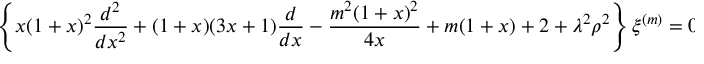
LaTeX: \left\{ x ( 1 + x ) ^ { 2 } \frac { d ^ { 2 } } { d x ^ { 2 } } + ( 1 + x ) ( 3 x + 1 ) \frac { d } { d x } - \frac { m ^ { 2 } ( 1 + x ) ^ { 2 } } { 4 x } + m ( 1 + x ) + 2 + \lambda ^ { 2 } \rho ^ { 2 } \right\} \xi ^ { ( m ) } = 0